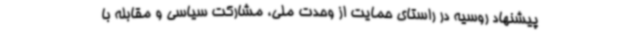
پیشنهاد روسیه در راستای حمایت از وحدت ملی، مشارکت سیاسی و مقابله با